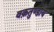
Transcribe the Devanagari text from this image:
वक़तुण्डाय